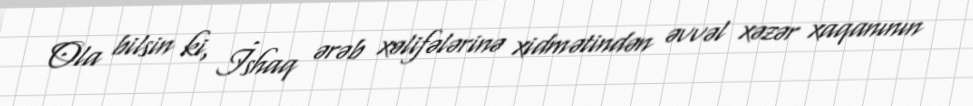
Ola bilsin ki, İshaq ərəb xəlifələrinə xidmətindən əvvəl xəzər xaqanının